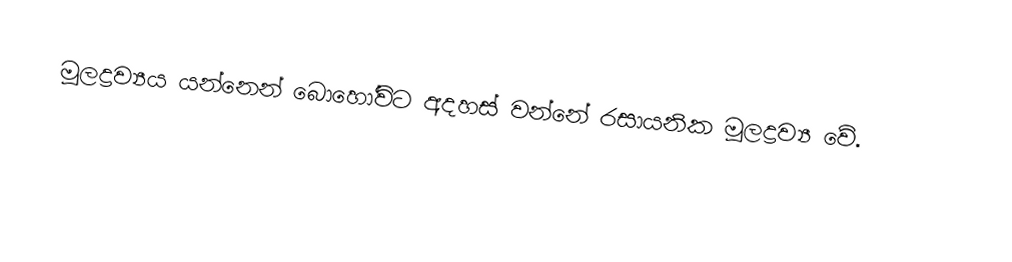
මූලද්‍රව්‍යය යන්නෙන් බොහෝවිට අදහස් වන්නේ රසායනික මූලද්‍රව්‍ය වේ.